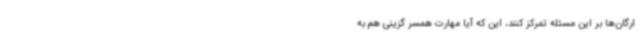
ارگان‌ها بر این مسئله تمرکز کنند، این که آیا مهارت همسر گزینی هم به